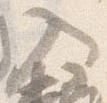
入